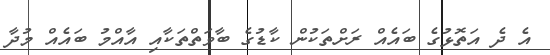
އެ ދެ އަތޮޅުގެ ބައެއް ރަށްތަކުން ކާޑުގެ ބާވަތްތަކާއި އާއްމު ބައެއް މުދާ